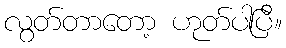
လွတ်တာတော့ ဟုတ်ပါပြီ။